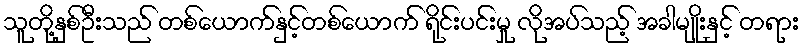
သူတို့နှစ်ဦးသည် တစ်ယောက်နှင့်တစ်ယောက် ရိုင်းပင်းမှု လိုအပ်သည့် အခါမျိုးနှင့် တရား